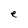
Character: e